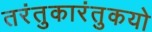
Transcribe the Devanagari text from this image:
तरंतुकारंतुकयो